Scientific memoirs by medical officers of the Army of India - Part VIII,
Year: 1894
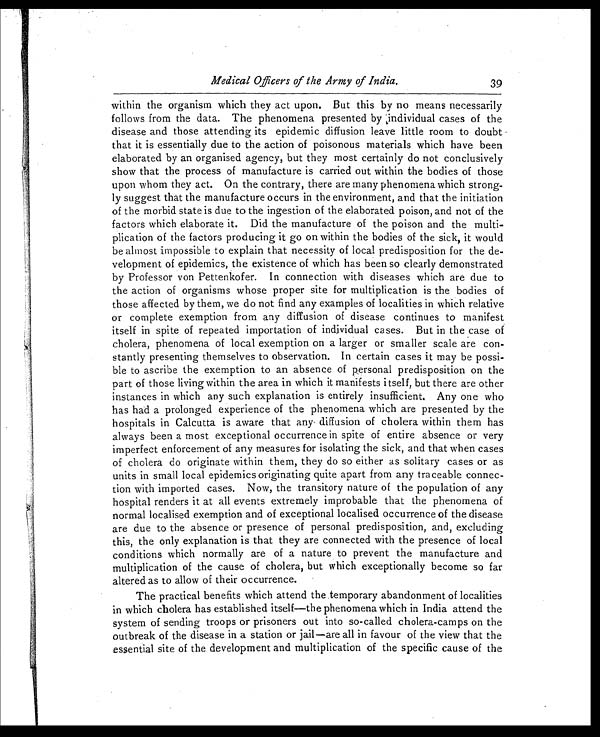
Medical Officers of the Army of India.
39
within the organism which they act upon. But this by no means necessarily
follows from the data. The phenomena presented by individual cases of the
disease and those attending its epidemic diffusion leave little room to doubt
that it is essentially due to the action of poisonous materials which have been
elaborated by an organised agency, but they most certainly do not conclusively
show that the process of manufacture is carried out within the bodies of those
upon whom they act. On the contrary, there are many phenomena which strong-
ly suggest that the manufacture occurs in the environment, and that the initiation
of the morbid state is due to the ingestion of the elaborated poison, and not of the
factors which elaborate it. Did the manufacture of the poison and the multi-
plication of the factors producing it go on within the bodies of the sick, it would
be almost impossible to explain that necessity of local predisposition for the de-
velopment of epidemics, the existence of which has been so clearly demonstrated
by Professor von Pettenkofer. In connection with diseases which are due to
the action of organisms whose proper site for multiplication is the bodies of
those affected by them, we do not find any examples of localities in which relative
or complete exemption from any diffusion of disease continues to manifes
t itself in spite of repeated importation of individual cases. But in the case of
cholera, phenomena of local exemption on a larger or smaller scale are con-
stantly presenting themselves to observation. In certain cases it may be possi-
ble to ascribe the exemption to an absence of personal predisposition on the
part of those living within the area in which it manifests itself, but there are other
instances in which any such explanation is entirely insufficient. Any one who
has had a prolonged experience of the phenomena which are presented by the
hospitals in Calcutta is aware that any diffusion of cholera within them has
always been a most exceptional occurrence in spite of entire absence or very
imperfect enforcement of any measures for isolating the sick, and that when cases
of cholera do originate within them, they do so either as solitary cases or as
units in small local epidemics originating quite apart from any traceable connec-
tion with imported cases. Now, the transitory nature of the population of any
hospital renders it at all events extremely improbable that the phenomena of
normal localised exemption and of exceptional localised occurrence of the disease
are due to the absence or presence of personal predisposition, and, excluding
this, the only explanation is that they are connected with the presence of local
conditions which normally are of a nature to prevent the manufacture and
multiplication of the cause of cholera, but which exceptionally become so far
altered as to allow of their occurrence.
The practical benefits which attend the temporary abandonment of localities
in which cholera has established itself—the phenomena which in India attend the
system of sending troops or prisoners out into so-called cholera-camps on the
outbreak of the disease in a station or jail—are all in favour of the view that the
essential site of the development and multiplication of the specific cause of the